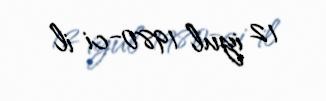
12 iyul 1980-ci il